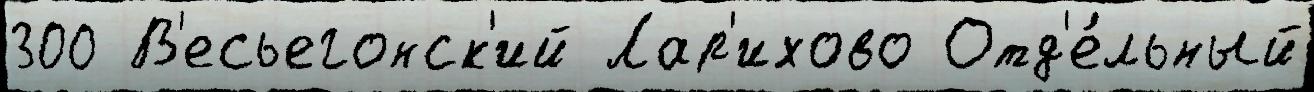
300 В'есьегонск'ий Лар'ихово Отд'е́льный